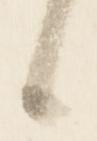
候